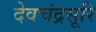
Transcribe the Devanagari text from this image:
देवचंद्रसूरि